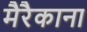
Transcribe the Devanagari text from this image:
मैरैकाना